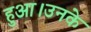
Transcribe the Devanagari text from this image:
हुआ।उनके